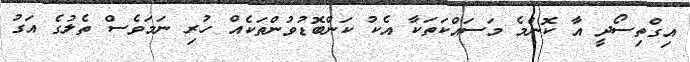
އިގްތިސޯދީ އާ ކޮންމެ މަސައްކަތަކާ އެކު ކަންބޮޑުވުންތަކެއް ހުރި ނަމަވެސް ތެލުގެ އަގު